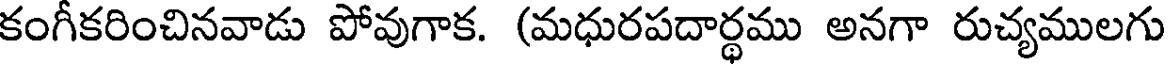
కంగీకరించినవాడు పోవుగాక. (మధురపదార్థము అనగా రుచ్యములగు